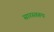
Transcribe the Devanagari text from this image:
सारस्वरूप